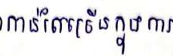
កាន់តែច្រើនក្នុងការ